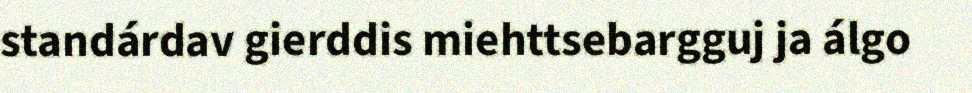
standárdav gierddis miehttsebargguj ja álgo